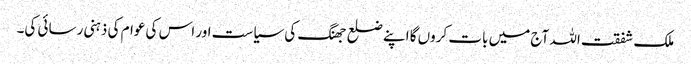
ملک شفقت اللہ آج میں بات کروں گا اپنے ضلع جھنگ کی سیاست اور اس کی عوام کی ذہنی رسائی کی۔